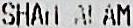
SHAM ALAM